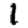
Digit: 1